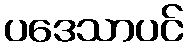
ပဒေသာပင်